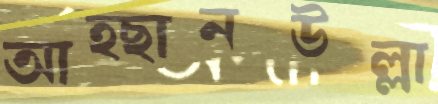
আহ্ছানউল্লা